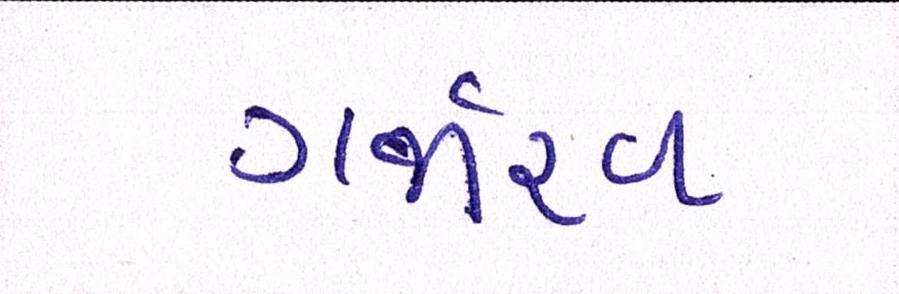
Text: ગર્જારવ